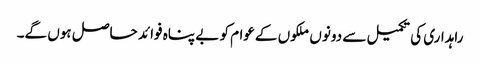
راہداری کی تکمیل سے دونوں ملکوں کےعوام کو بے پناہ فوائد حاصل ہوں گے۔